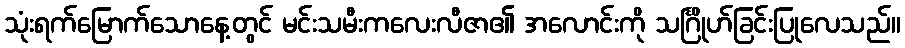
သုံးရက်မြောက်သောနေ့တွင် မင်းသမီးကလေးလီဇာ၏ အလောင်းကို သင်္ဂြိုဟ်ခြင်းပြုလေသည်။